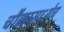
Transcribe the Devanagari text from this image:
चौकामध्येच